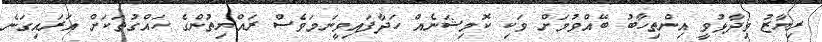
ރިޔާޒު ވިދާޅުވީ އިންތިހާބު ބޭއްވުމަށް ވަކި ކޮމިޝަނެއް ހަދާފައިވީނަމަވެސް ރައްޔިތުންގެ ހައްގުތަކަށް އަރައިގަނެ